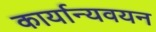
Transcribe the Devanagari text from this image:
कार्यान्यवयन